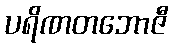
ပရိဏတဘောဇီ